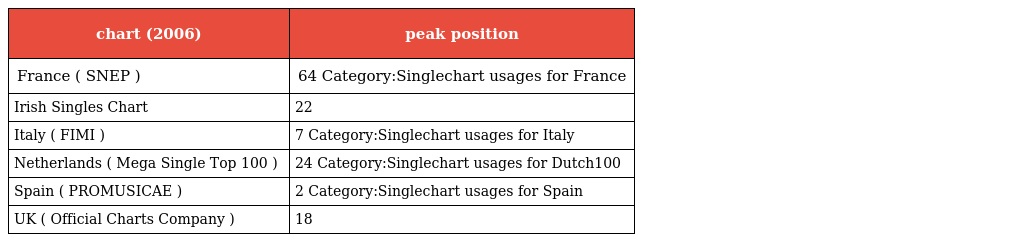
| chart (2006) | peak position |
 | --- | --- |
 | France ( SNEP ) | 64 Category:Singlechart usages for France |
 | Irish Singles Chart | 22 |
 | Italy ( FIMI ) | 7 Category:Singlechart usages for Italy |
 | Netherlands ( Mega Single Top 100 ) | 24 Category:Singlechart usages for Dutch100 |
 | Spain ( PROMUSICAE ) | 2 Category:Singlechart usages for Spain |
 | UK ( Official Charts Company ) | 18 |